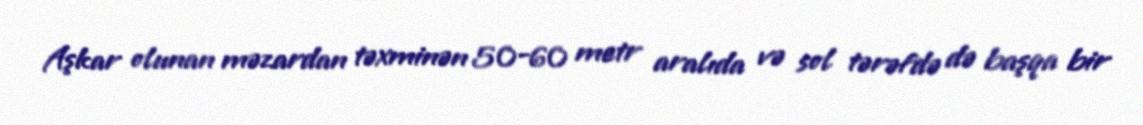
Aşkar olunan məzardan təxminən 50-60 metr aralıda və sol tərəfdə də başqa bir